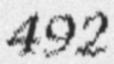
492